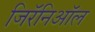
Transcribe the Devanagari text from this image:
जिरॅनिऑल